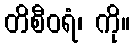
တိစီဝရံ၊ ကို။